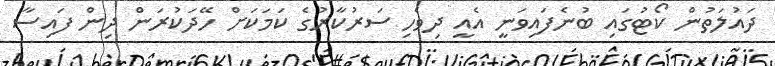
ދައުލަތުން ކޯޓުގައި ބުނެފައިވަނީ އެއީ ދިވެހި ސަރުކާރުގެ ކަމަކަށް ހޭދަކުރަން ދިން ފައިސާ